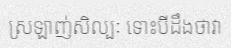
ស្រឡាញ់សិល្បៈ ទោះបីដឹងថាវា